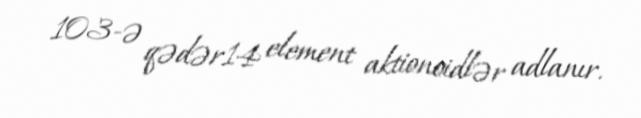
103-ə qədər14 element aktionoidlər adlanır.